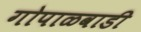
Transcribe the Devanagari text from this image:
गोपाळवाडी